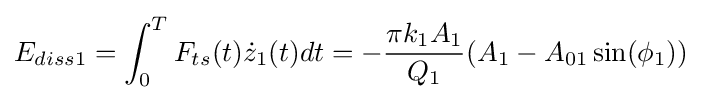
E_{diss1}=\int _{0}^{T}F_{ts}(t){\dot {z}}_{1}(t)dt=-{\frac {\pi k_{1}A_{1}}{Q_{1}}}(A_{1}-A_{01}\sin(\phi _{1}))